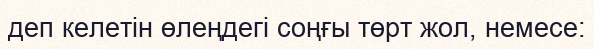
деп келетiн өлеңдегi соңғы төрт жол, немесе: